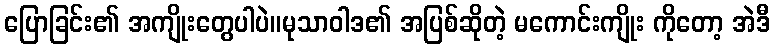
ပြောခြင်း၏ အကျိုးတွေပါပဲ။မုသာဝါဒ၏ အပြစ်ဆိုတဲ့ မကောင်းကျိုး ကိုတော့ အဲဒီ